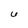
Character: 6